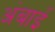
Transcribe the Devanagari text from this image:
अंबाई